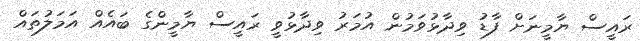
ރައީސް ޔާމީނަށް ފާޑު ވިދާޅުވަމުން އުމަރު ވިދާޅުވީ ރައީސް ޔާމީންގެ ބައެއް އަމަލުތައް